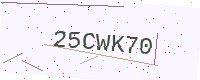
Text: 25CWK70